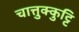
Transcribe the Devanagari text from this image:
चात्तुक्कुट्टि